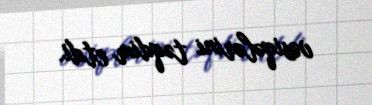
vəsiqələrini təqdim etdi.